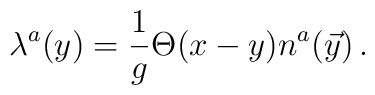
\lambda^a(y)={\frac{1}{g}}\Theta(x-y)n^a(\vec y)  \,.